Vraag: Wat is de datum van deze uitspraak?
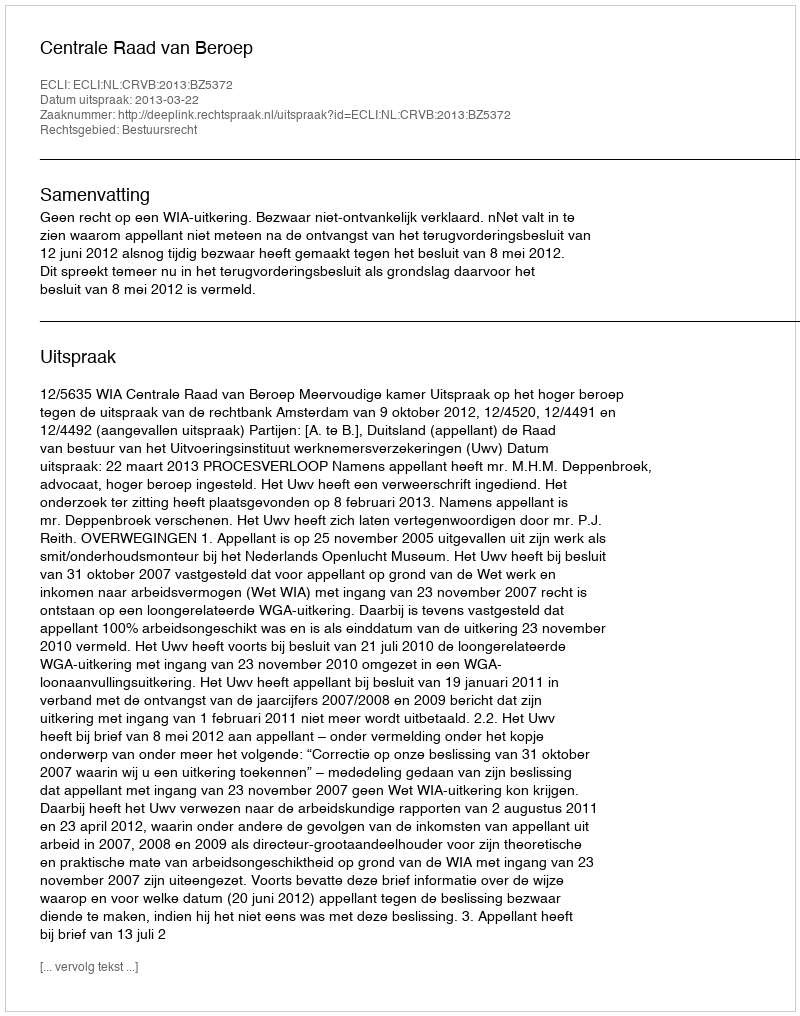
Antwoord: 2013-03-22